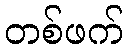
တစ်ဖက်